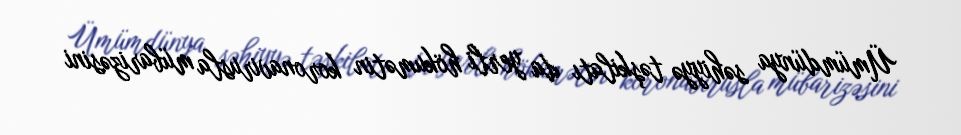
Ümümdünya səhiyyə təşkilatı da yerli hökumətin koronavirusla mübarizəsini